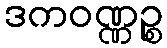
ဒကဝဏ္ဏဉ္စ